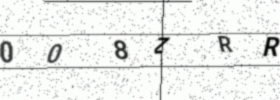
Text: 008ZRR